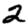
Digit: 2